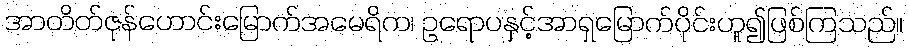
အာတိတ်ဇုန်ဟောင်းမြောက်အမေရိက၊ ဥရောပနှင့်အာရှမြောက်ပိုင်းဟူ၍ဖြစ်ကြသည်။